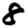
Digit: 8